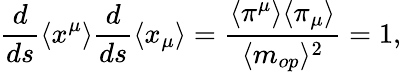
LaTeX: \frac{d}{ds}\langle x^{\mu}\rangle\frac{d}{ds}\langle x_{\mu}\rangle=\frac{\langle\pi^{\mu}\rangle\langle\pi_{\mu}\rangle}{\langle m_{op}\rangle^{2}}=1,